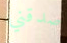
صدقني